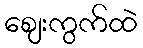
ဈေးကွက်ထဲ